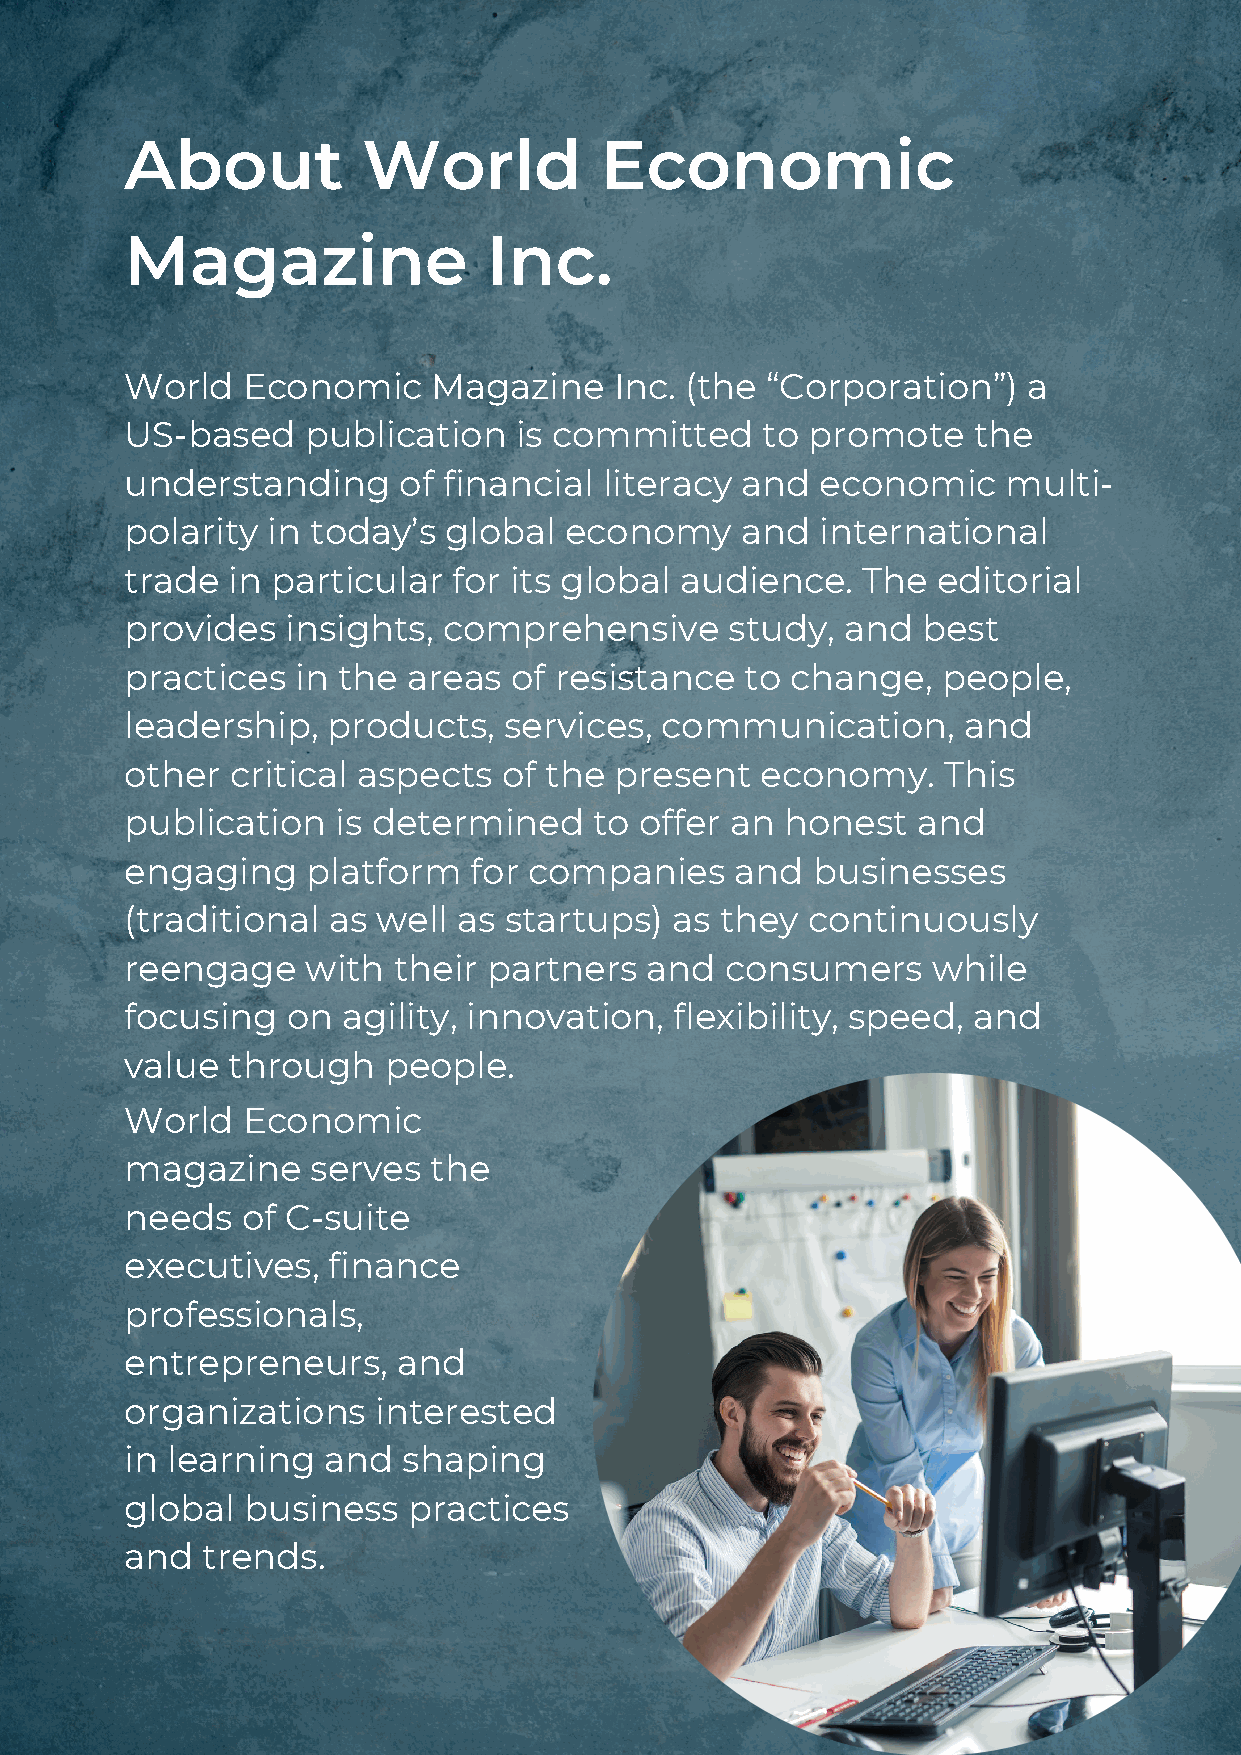
About           World           Economic
 Magazine                Inc.
 World   Economic     Magazine    Inc. (the “Corporation”)   a
 US-based    publication   is committed    to promote    the
 understanding     of financial  literacy and  economic     multi-
 polarity  in today’s global  economy     and  international
 trade  in particular  for its global audience.   The  editorial
 provides   insights, comprehensive      study,  and  best
 practices   in the areas  of resistance  to change,   people,
 leadership,   products,  services,  communication,      and
 other  critical aspects  of the  present  economy.    This
 publication   is determined    to offer an  honest   and
 engaging    platform   for companies     and  businesses
 (traditional  as well as startups)  as  they continuously
 reengage    with  their partners   and  consumers     while
 focusing   on  agility, innovation,  flexibility, speed, and
 value  through   people.
 World   Economic
 magazine     serves the
 needs   of C-suite
 executives,   finance
 professionals,
 entrepreneurs,    and
 organizations    interested
 in learning  and   shaping
 global  business   practices
 and  trends.